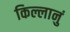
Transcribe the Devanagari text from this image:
किल्लानुं